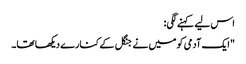
اس لیے کہنے لگی:
"ایک آدمی کو میں نے جنگل کے کنارے دیکھا تھا۔